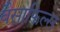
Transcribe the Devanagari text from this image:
बैसाफिल्स